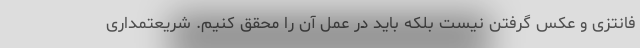
فانتزی و عکس گرفتن نیست بلکه باید در عمل آن را محقق کنیم. شریعتمداری